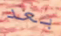
بعد